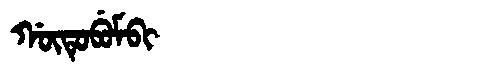
Manchu: ᡤᡡᡨᡠᠪᡠᠮᠪᡳ
Romanization: GŪTUBUMBI